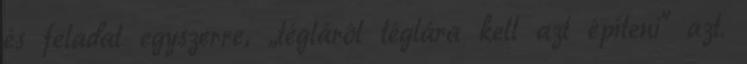
és feladat egyszerre, „tégláról téglára kell azt építeni" azt.